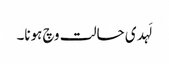
لَہدی حالت وچ ہونا۔